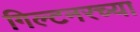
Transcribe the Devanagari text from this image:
गिल्टनरच्या